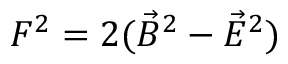
F ^ { 2 } = 2 ( \vec { B } ^ { 2 } - \vec { E } ^ { 2 } )